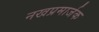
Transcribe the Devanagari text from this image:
नखप्रमार्जक